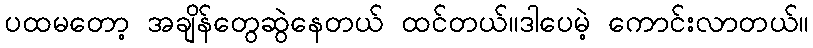
ပထမတော့ အချိန်တွေဆွဲနေတယ် ထင်တယ်။ဒါပေမဲ့ ကောင်းလာတယ်။